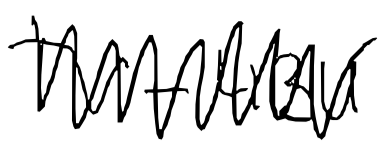
Text: TV-4BU
Cross-out: zig-zag
Writing tool: digital_black